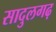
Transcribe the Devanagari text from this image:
सादुलगढ़